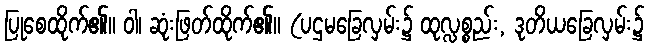
ပြုစေထိုက်၏။ ဝါ၊ ဆုံးဖြတ်ထိုက်၏။ (ပဌမခြေလှမ်း၌ ထုလ္လစ္စည်း, ဒုတိယခြေလှမ်း၌